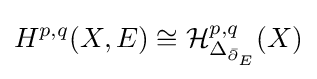
H^{p,q}(X,E)\cong {\mathcal {H}}_{\Delta _{{\bar {\partial }}_{E}}}^{p,q}(X)